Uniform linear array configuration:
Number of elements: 16
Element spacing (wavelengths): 0.75
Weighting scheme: uniform
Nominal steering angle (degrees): -60
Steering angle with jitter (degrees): -59.666
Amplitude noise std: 0.05
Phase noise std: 0.05

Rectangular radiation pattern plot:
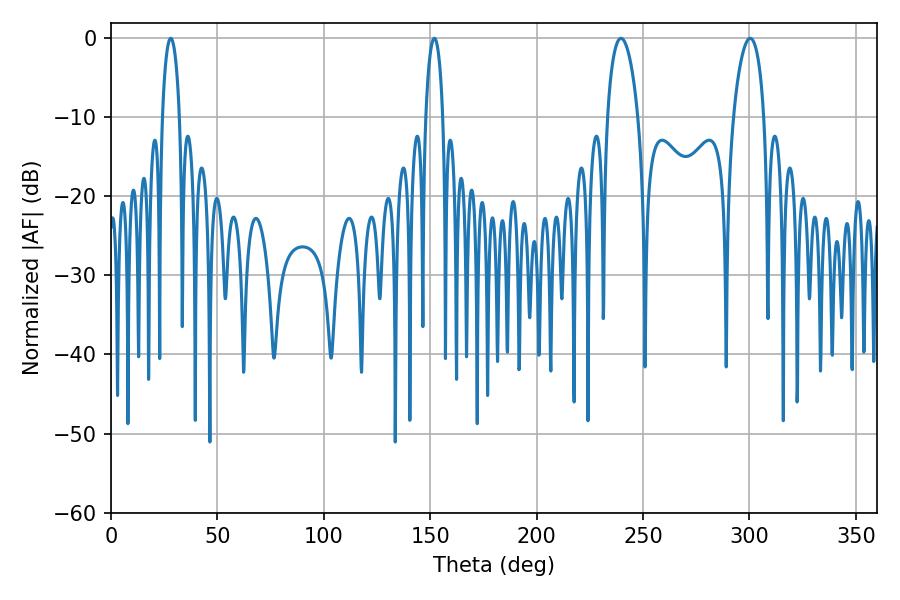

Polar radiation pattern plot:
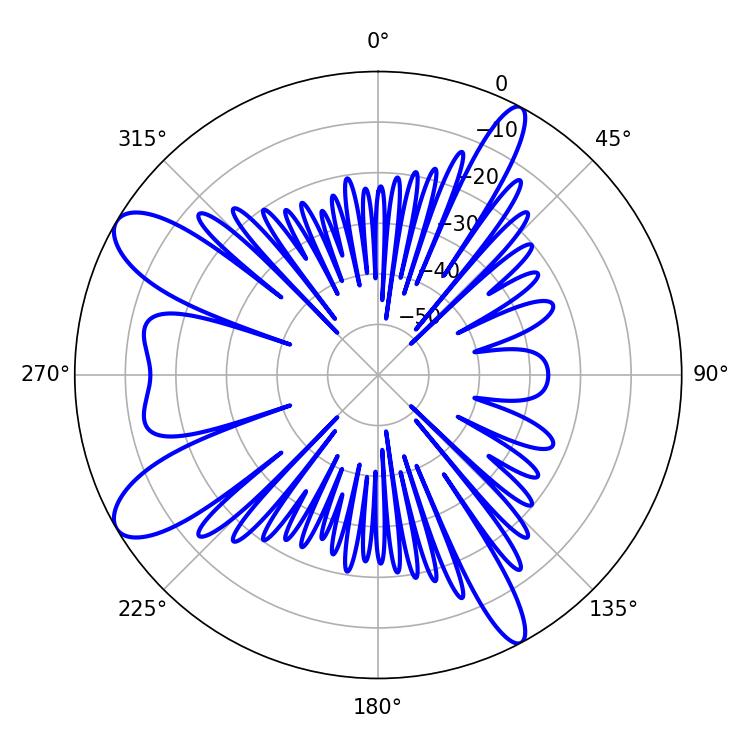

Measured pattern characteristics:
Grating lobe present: TRUE
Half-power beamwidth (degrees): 4.68
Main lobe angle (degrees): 151.92